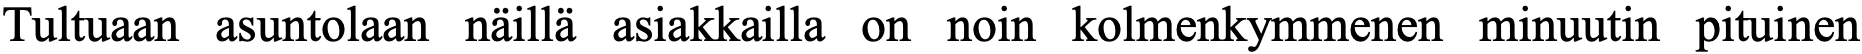
Tultuaan asuntolaan näillä asiakkailla on noin kolmenkymmenen minuutin pituinen